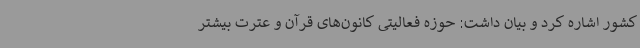
کشور اشاره کرد و بیان داشت: حوزه فعالیتی کانون‌های قرآن ‌و عترت بیشتر